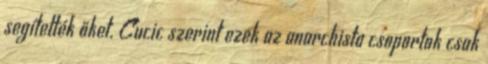
segítették őket. Cucic szerint ezek az anarchista csoportok csak